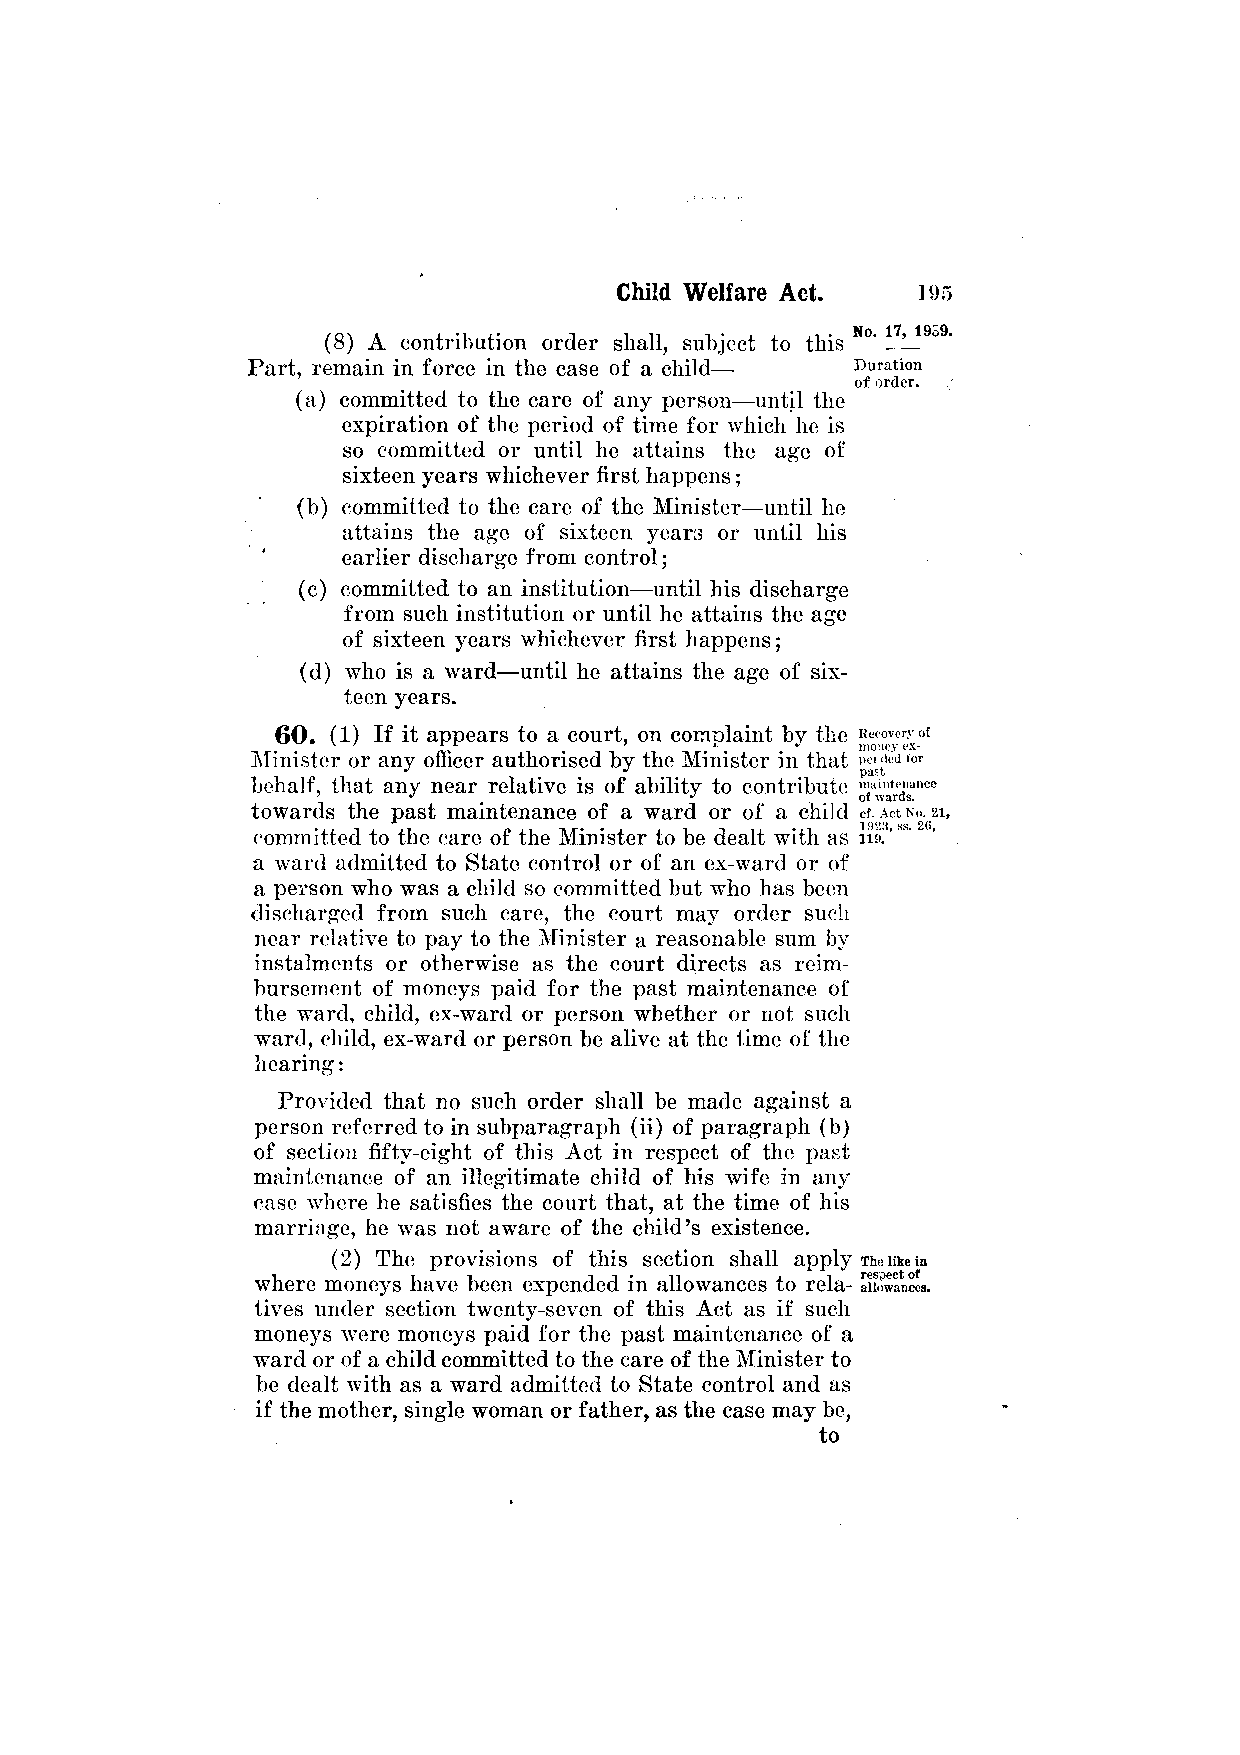
(8) A contribution order shall, subject to this
 Part, remain in force in the case of a child—
 (a) committed to the care of any person—until the
 expiration of the period of time for which he is
 so committed or until he attains the age of
 sixteen years whichever first happens;
 (b) committed to the care of the Minister—until he
 attains the age of sixteen years or until his
 earlier discharge from control;
 (c) committed to an institution—until his discharge
 from such institution or until he attains the age
 of sixteen years whichever first happens;
 (d) who is a ward—until he attains the age of six­
 teen years.
 60. (1) If it appears to a court, on complaint by the
 Minister or any officer authorised by the Minister in that
 behalf, that any near relative is of ability to contribute
 towards the past maintenance of a ward or of a child
 committed to the care of the Minister to be dealt with as
 a ward admitted to State control or of an ex-ward or of
 a person who was a child so committed but who has been
 discharged from such care, the court may order such
 near relative to pay to the Minister a reasonable sum by
 instalments or otherwise as the court directs as reim­
 bursement of moneys paid for the past maintenance of
 the ward, child, ex-ward or person whether or not such
 ward, child, ex-ward or person be alive at the time of the
 hearing:
 Provided that no such order shall be made against a
 person referred to in subparagraph (ii) of paragraph (b)
 of section fifty-eight of this Act in respect of the past
 maintenance of an illegitimate child of his wife in any
 case where he satisfies the court that, at the time of his
 marriage, he was not aware of the child's existence.
 (2) The provisions of this section shall apply
 where moneys have been expended in allowances to rela­
 tives under section twenty-seven of this Act as if such
 moneys were moneys paid for the past maintenance of a
 ward or of a child committed to the care of the Minister to
 be dealt with as a ward admitted to State control and as
 if the mother, single woman or father, as the case may be,
 to